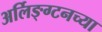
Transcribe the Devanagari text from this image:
अर्लिङ्ग्टनच्या